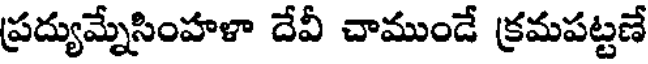
ప్రద్యుమ్నేసింహళా దేవీ చాముండే క్రమపట్టణే